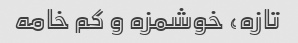
تازه، خوشمزه و کم خامه